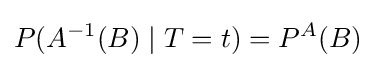
P(A^{-1}(B)\mid T=t)=P^{A}(B)